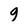
Character: g